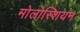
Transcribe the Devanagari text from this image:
मोलोस्शियन